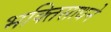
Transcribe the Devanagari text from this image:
भक्तिसाधने